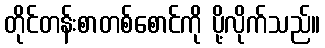
တိုင်တန်းစာတစ်စောင်ကို ပို့လိုက်သည်။